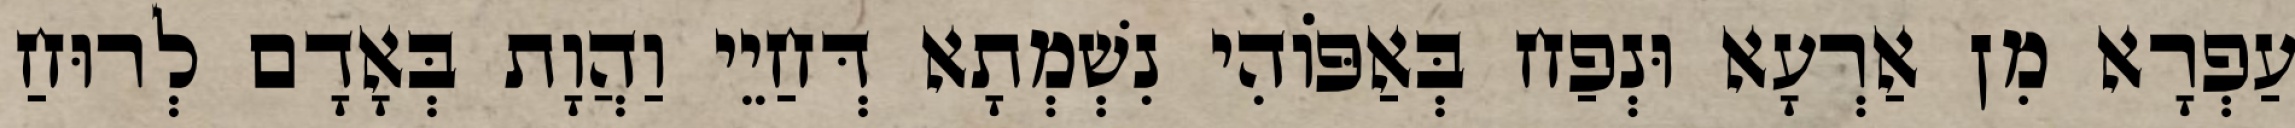
עַפְרָא מִן אַרְעָא וּנְפַח בְּאַפּוֹהִי נִשְׁמְתָא דְּחַיֵי וַהֲוָת בְּאָדָם לְרוּחַ